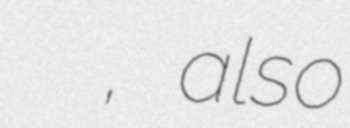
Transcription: پشت طاوه سفلي, also